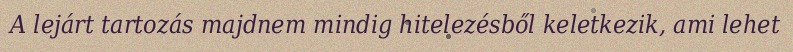
A lejárt tartozás majdnem mindig hitelezésből keletkezik, ami lehet